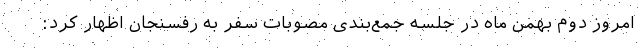
امروز دوم بهمن ماه در جلسه جمع‌بندی مصوبات سفر به رفسنجان اظهار کرد: